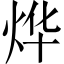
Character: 烨